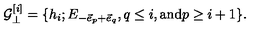
{ \cal G } _ { \bot } ^ { [ i ] } = \{ h _ { i } ; E _ { - \vec { e } _ { p } + \vec { e } _ { q } } , q \leq i , \mathrm { a n d } p \geq i + 1 \} .